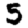
Digit: 5